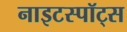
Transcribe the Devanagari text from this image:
नाइटस्पॉट्स